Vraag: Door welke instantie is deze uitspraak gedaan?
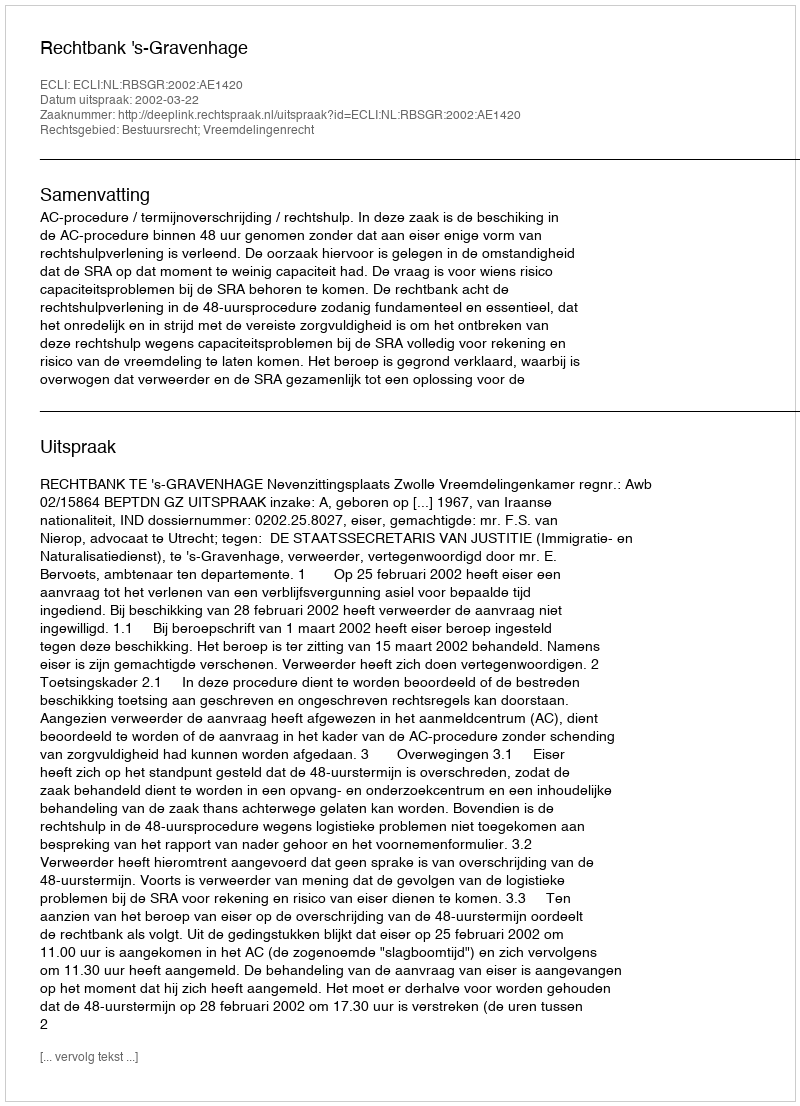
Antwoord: Rechtbank 's-Gravenhage